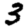
Digit: 3